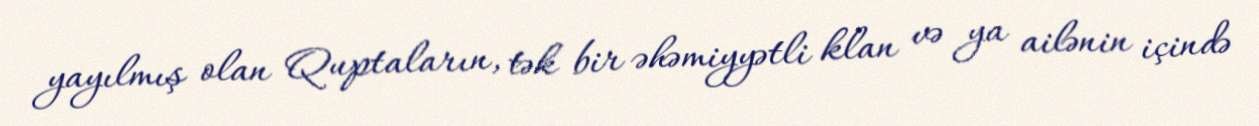
yayılmış olan Quptaların, tək bir əhəmiyyətli klan və ya ailənin içində